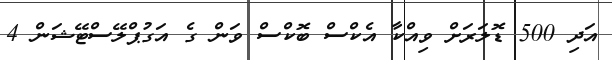
އަދި 500 ޑޮލަރަށް ވިއްކާ އެކްސް ބޮކްސް ވަން ގެ އަގުޕްލޭސްޓޭޝަން 4